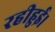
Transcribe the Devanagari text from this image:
रहीहुई।